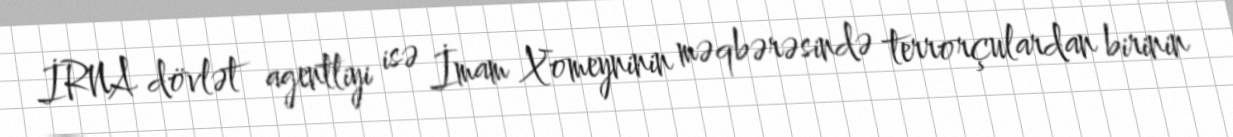
İRNA dövlət agentliyi isə İmam Xomeyninin məqbərəsində terrorçulardan birinin